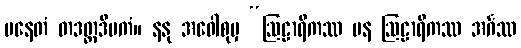
ပနေတံ တဒတ္ထဒီပကံ။ နနု အဝေါစုမှ “ဩဠာရိကဿ ပန ဩဠာရိကဿ အင်္ဂဿ